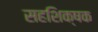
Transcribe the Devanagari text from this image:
सहशिक्षक